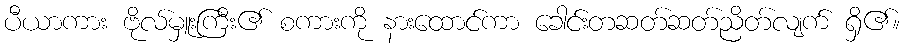
ပီယာကား ဗိုလ်မှူးကြီး၏ စကားကို နားထောင်ကာ ခေါင်းတဆတ်ဆတ်ညိတ်လျက် ရှိ၏။